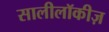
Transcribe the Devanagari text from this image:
सालीलॉकीज़